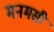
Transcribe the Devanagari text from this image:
मनमसी